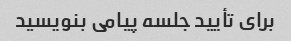
برای تأیید جلسه پیامی بنویسید